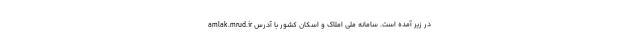
در زیر آمده است. سامانه ملی املاک و اسکان کشور با آدرس amlak.mrud.ir